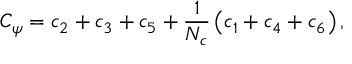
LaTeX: C _ { \psi } = c _ { 2 } + c _ { 3 } + c _ { 5 } + \frac { 1 } { N _ { c } } \left( c _ { 1 } + c _ { 4 } + c _ { 6 } \right) ,